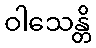
ဝါသေန္တိ